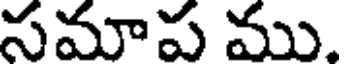
సమాప ము.